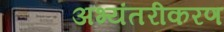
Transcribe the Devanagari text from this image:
अभ्यंतरीकरण